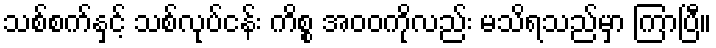
သစ်စက်နှင့် သစ်လုပ်ငန်း ကိစ္စ အဝဝကိုလည်း မသိရသည်မှာ ကြာပြီ။